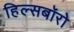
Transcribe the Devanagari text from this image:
हिल्सबॉरो